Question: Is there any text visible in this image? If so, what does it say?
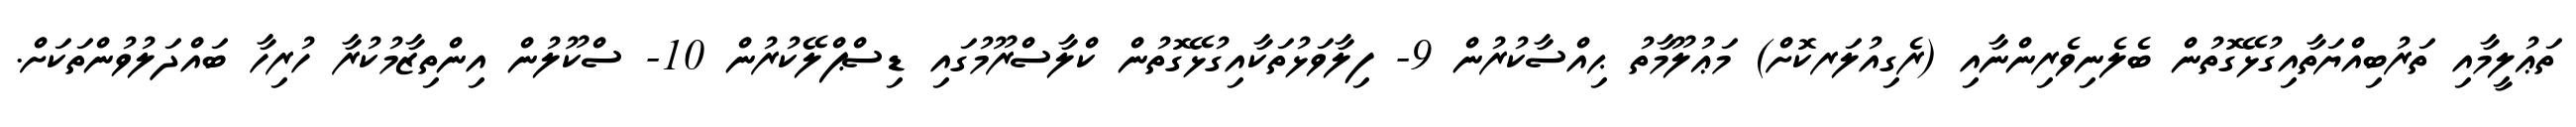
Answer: ތަޢުލީމާއި ތަރުބިއްޔަތާއިގުޅޭގޮތުން ބެލެނިވެރިންނާއި (ރެގިއުލަރކޮށް) މަޢުލޫމާތު ޙިއްސާކުރުން 9- ފިލާވަޅުތަކާއިގުޅޭގޮތުން ކްލާސްރޫމުގައި ޑިސްޕްލޭކުރުން 10- ސްކޫލުން އިންތިޒާމުކުރާ ހުރިހާ ބައްދަލުވުންތަކަށް.